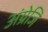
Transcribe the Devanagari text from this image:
अंग्रेजि